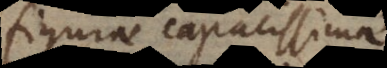
figurae capacissimae